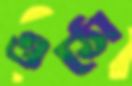
ওঠো